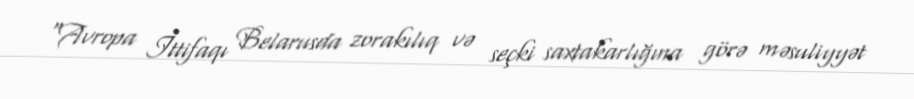
“Avropa İttifaqı Belarusda zorakılıq və seçki saxtakarlığına görə məsuliyyət